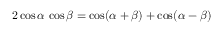
2 \cos \alpha \, \cos \beta = \cos ( \alpha + \beta ) + \cos ( \alpha - \beta )